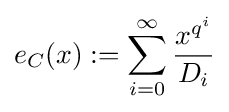
e_{C}(x):=\sum _{i=0}^{\infty }{\frac {x^{q^{i}}}{D_{i}}}